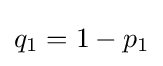
q_{1}=1-p_{1}